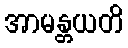
အာမန္တယတိ